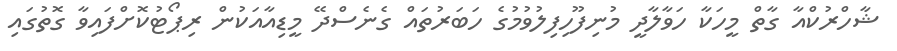
ޝާހްރުކްއާ ގާތް މީހަކާ ހަވާލާދީ މުނިފޫހިފިލުވުމުގެ ހަބަރުތައް ގެނެސްދޭ މީޑިއާއަކުން ރިޕޯޓުކޮށްފައިވާ ގޮތުގައި